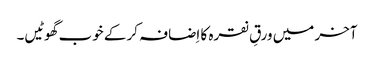
آخر میں ورقِ نقرہ کا اِضافہ کر کے خوب گھوٹیں۔